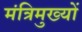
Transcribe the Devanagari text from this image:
मंत्रिमुख्यों